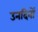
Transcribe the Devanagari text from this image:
उनदिनों